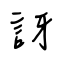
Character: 訝